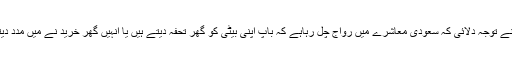
السبیعی نے توجہ دلائی کہ سعودی معاشرے میں رواج چل رہاہے کہ باپ اپنی بیٹی کو گھر تحفہ دیتے ہیں یا انہیں گھر خرید نے میں مدد دیتے ہیں ۔